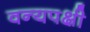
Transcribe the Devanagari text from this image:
वन्यपक्षी